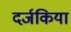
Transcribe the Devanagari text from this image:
दर्जकिया